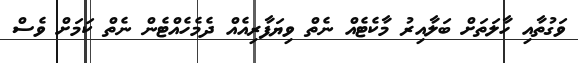
ވަގުތާއި ހާލަތަށް ބަލާއިރު މާކެޓެއް ނެތް ވިޔަފާރިއެއް ދެމެހެއްޓެން ނެތް ކަމަށް ވެސް